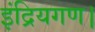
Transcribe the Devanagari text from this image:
इंद्रियगण।